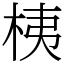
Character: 桋